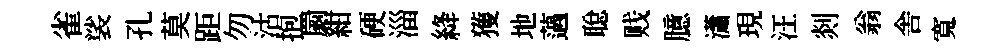
雀裟孔莫距勿沽抱罽紺硬淄絳獲地薖聪贱臆瀟現汪剡翁舎寬